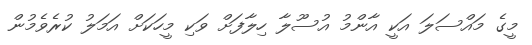
މީގެ މައްސަލަ އަކީ އާންމު އުސޫލާ ހިލާފަށް ވަކި މީހަކަށް އަމަލު ކުރެވެމުން